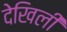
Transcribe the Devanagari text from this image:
देखिली